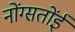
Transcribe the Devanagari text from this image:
नोंग्सतोंई